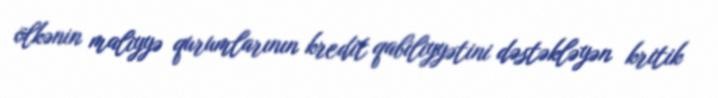
ölkənin maliyyə qurumlarının kredit qabiliyyətini dəstəkləyən kritik